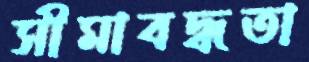
সীমাবদ্ধতা